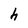
Character: h